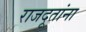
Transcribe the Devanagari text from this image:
राजदूतांना